Lunatic asylums Central Provinces reports 1895-1909 - 1895-1909
Year: 1895
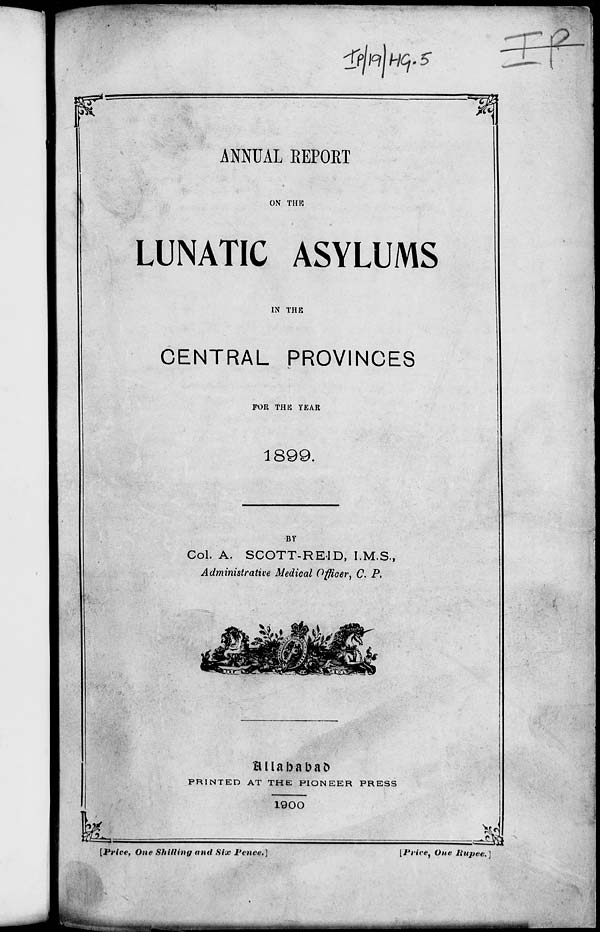
ANNUAL EEPORT
ON THE
LUNATIC ASYLUMS
IN THE
CENTRAL PROVINCES
FOR THE YEAR
1899.
BY
Col. A. SCOTT-REID, I.M.S.,
Administrative Medical Officer, C. P.
Allahabad
PRINTED AT THE PIONEER PRESS
1900
[Price, One Shilling and Six
pence.]
[Price, One Rupee.]